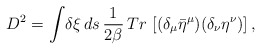
\begin{align*}D^2=\int\!\delta\xi\,ds\,{1\over{2\beta}}\,Tr\,\left[(\delta_\mu {\bar\eta}^\mu)(\delta_\nu \eta^\nu)\right ],\end{align*}